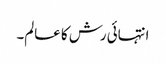
انتہائی رش کا عالم۔